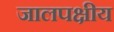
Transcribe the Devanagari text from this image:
जालपक्षीय